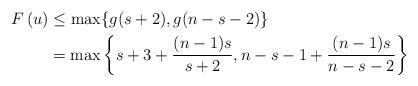
LaTeX: \begin{align*}F\left( u\right) & \leq\max\{g(s+2),g(n-s-2)\}\\& =\max\left\{ s+3+\frac{(n-1)s}{s+2},n-s-1+\frac{(n-1)s}{n-s-2}\right\}\end{align*}